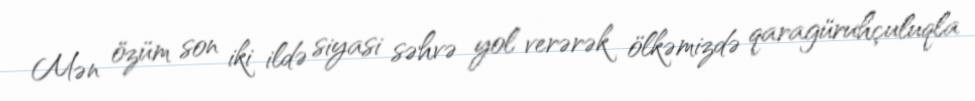
Mən özüm son iki ildə siyasi səhvə yol verərək ölkəmizdə qaragüruhçuluqla